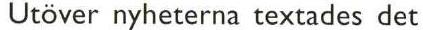
Utöver nyheterna textades det